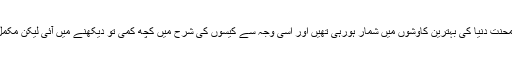
اگرچہ دبئی کی کوششیں اور محنت دنیا کی بہترین کاوشوں میں شمار ہورہی تھیں اور اسی وجہ سے کیسوں کی شرح میں کچھ کمی تو دیکھنے میں آئی لیکن مکمل ضابطہ ممکن نہ ہوسکا تھا۔